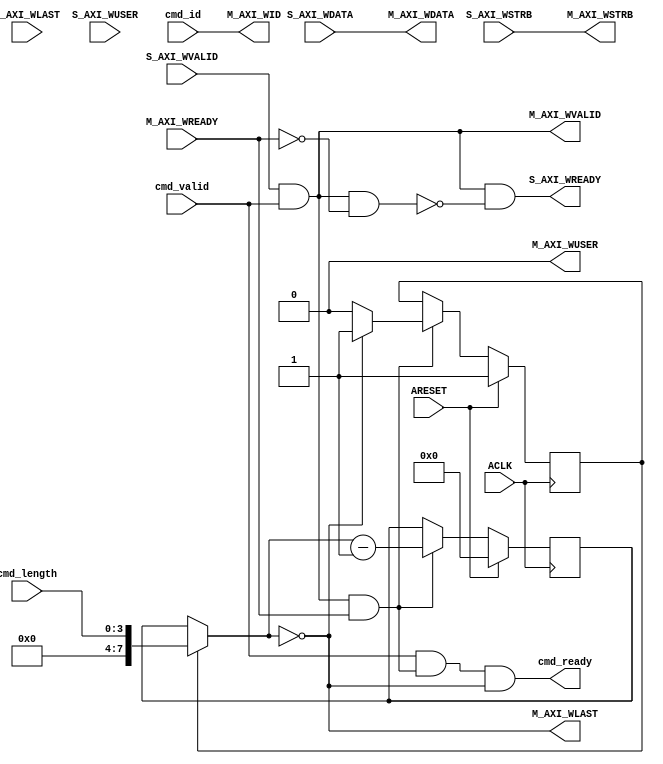
// -- (c) Copyright 2010 - 2011 Xilinx, Inc. All rights reserved.
// --
// -- This file contains confidential and proprietary information
// -- of Xilinx, Inc. and is protected under U.S. and 
// -- international copyright and other intellectual property
// -- laws.
// --
// -- DISCLAIMER
// -- This disclaimer is not a license and does not grant any
// -- rights to the materials distributed herewith. Except as
// -- otherwise provided in a valid license issued to you by
// -- Xilinx, and to the maximum extent permitted by applicable
// -- law: (1) THESE MATERIALS ARE MADE AVAILABLE "AS IS" AND
// -- WITH ALL FAULTS, AND XILINX HEREBY DISCLAIMS ALL WARRANTIES
// -- AND CONDITIONS, EXPRESS, IMPLIED, OR STATUTORY, INCLUDING
// -- BUT NOT LIMITED TO WARRANTIES OF MERCHANTABILITY, NON-
// -- INFRINGEMENT, OR FITNESS FOR ANY PARTICULAR PURPOSE; and
// -- (2) Xilinx shall not be liable (whether in contract or tort,
// -- including negligence, or under any other theory of
// -- liability) for any loss or damage of any kind or nature
// -- related to, arising under or in connection with these
// -- materials, including for any direct, or any indirect,
// -- special, incidental, or consequential loss or damage
// -- (including loss of data, profits, goodwill, or any type of
// -- loss or damage suffered as a result of any action brought
// -- by a third party) even if such damage or loss was
// -- reasonably foreseeable or Xilinx had been advised of the
// -- possibility of the same.
// --
// -- CRITICAL APPLICATIONS
// -- Xilinx products are not designed or intended to be fail-
// -- safe, or for use in any application requiring fail-safe
// -- performance, such as life-support or safety devices or
// -- systems, Class III medical devices, nuclear facilities,
// -- applications related to the deployment of airbags, or any
// -- other applications that could lead to death, personal
// -- injury, or severe property or environmental damage
// -- (individually and collectively, "Critical
// -- Applications"). Customer assumes the sole risk and
// -- liability of any use of Xilinx products in Critical
// -- Applications, subject only to applicable laws and
// -- regulations governing limitations on product liability.
// --
// -- THIS COPYRIGHT NOTICE AND DISCLAIMER MUST BE RETAINED AS
// -- PART OF THIS FILE AT ALL TIMES.
//-----------------------------------------------------------------------------
//
// Description: Write Data AXI3 Slave Converter
// Forward and split transactions as required.
//
// Verilog-standard:  Verilog 2001
//--------------------------------------------------------------------------
//
// Structure:
//   w_axi3_conv
//
//--------------------------------------------------------------------------
`timescale 1ps/1ps

module ict106_w_axi3_conv #
  (
   parameter C_FAMILY                            = "none",
   parameter integer C_AXI_ID_WIDTH              = 1,
   parameter integer C_AXI_ADDR_WIDTH            = 32,
   parameter integer C_AXI_DATA_WIDTH            = 32,
   parameter integer C_AXI_SUPPORTS_USER_SIGNALS = 0,
   parameter integer C_AXI_WUSER_WIDTH           = 1,
   parameter integer C_SUPPORT_SPLITTING              = 1,
                       // Implement transaction splitting logic.
                       // Disabled whan all connected masters are AXI3 and have same or narrower data width.
   parameter integer C_SUPPORT_BURSTS                 = 1
                       // Disabled when all connected masters are AxiLite,
                       //   allowing logic to be simplified.
   )
  (
   // System Signals
   input wire ACLK,
   input wire ARESET,

   // Command Interface
   input  wire                              cmd_valid,
   input  wire [C_AXI_ID_WIDTH-1:0]         cmd_id,
   input  wire [4-1:0]                      cmd_length,
   output wire                              cmd_ready,
   
   // Slave Interface Write Data Ports
   input  wire [C_AXI_DATA_WIDTH-1:0]   S_AXI_WDATA,
   input  wire [C_AXI_DATA_WIDTH/8-1:0] S_AXI_WSTRB,
   input  wire                          S_AXI_WLAST,
   input  wire [C_AXI_WUSER_WIDTH-1:0]  S_AXI_WUSER,
   input  wire                          S_AXI_WVALID,
   output wire                          S_AXI_WREADY,
   
   // Master Interface Write Data Ports
   output wire [C_AXI_ID_WIDTH-1:0]     M_AXI_WID,
   output wire [C_AXI_DATA_WIDTH-1:0]   M_AXI_WDATA,
   output wire [C_AXI_DATA_WIDTH/8-1:0] M_AXI_WSTRB,
   output wire                          M_AXI_WLAST,
   output wire [C_AXI_WUSER_WIDTH-1:0]  M_AXI_WUSER,
   output wire                          M_AXI_WVALID,
   input  wire                          M_AXI_WREADY
   );

   
  /////////////////////////////////////////////////////////////////////////////
  // Variables for generating parameter controlled instances.
  /////////////////////////////////////////////////////////////////////////////
  
  
  /////////////////////////////////////////////////////////////////////////////
  // Local params
  /////////////////////////////////////////////////////////////////////////////
  
  
  /////////////////////////////////////////////////////////////////////////////
  // Functions
  /////////////////////////////////////////////////////////////////////////////
  
  
  /////////////////////////////////////////////////////////////////////////////
  // Internal signals
  /////////////////////////////////////////////////////////////////////////////

  // Burst length handling.
  reg                             first_mi_word;
  reg  [8-1:0]                    length_counter_1;
  reg  [8-1:0]                    length_counter;
  wire [8-1:0]                    next_length_counter;
  wire                            last_beat;
  wire                            last_word;
  
  // Throttling help signals.
  wire                            cmd_ready_i;
  wire                            pop_mi_data;
  wire                            mi_stalling;
  
  // Internal SI side control signals.
  wire                            S_AXI_WREADY_I;
  
  // Internal signals for MI-side.
  wire [C_AXI_ID_WIDTH-1:0]       M_AXI_WID_I;
  wire [C_AXI_DATA_WIDTH-1:0]     M_AXI_WDATA_I;
  wire [C_AXI_DATA_WIDTH/8-1:0]   M_AXI_WSTRB_I;
  wire                            M_AXI_WLAST_I;
  wire [C_AXI_WUSER_WIDTH-1:0]    M_AXI_WUSER_I;
  wire                            M_AXI_WVALID_I;
  wire                            M_AXI_WREADY_I;
  
  
  /////////////////////////////////////////////////////////////////////////////
  // Handle interface handshaking:
  // 
  // Forward data from SI-Side to MI-Side while a command is available. When
  // the transaction has completed the command is popped from the Command FIFO.
  // 
  /////////////////////////////////////////////////////////////////////////////
                          
  // Pop word from SI-side.
  assign S_AXI_WREADY_I = S_AXI_WVALID & cmd_valid & ~mi_stalling;
  assign S_AXI_WREADY   = S_AXI_WREADY_I;
  
  // Indicate when there is data available @ MI-side.
  assign M_AXI_WVALID_I = S_AXI_WVALID & cmd_valid;
  
  // Get MI-side data.
  assign pop_mi_data    = M_AXI_WVALID_I & M_AXI_WREADY_I;
  
  // Signal that the command is done (so that it can be poped from command queue).
  assign cmd_ready_i    = cmd_valid & pop_mi_data & last_word;
  assign cmd_ready      = cmd_ready_i;
  
  // Detect when MI-side is stalling.
  assign mi_stalling    = M_AXI_WVALID_I & ~M_AXI_WREADY_I;
  
  
  /////////////////////////////////////////////////////////////////////////////
  // Keep track of data forwarding:
  // 
  // On the first cycle of the transaction is the length taken from the Command
  // FIFO. The length is decreased until 0 is reached which indicates last data 
  // word.
  //
  // If bursts are unsupported will all data words be the last word, each one
  // from a separate transaction.
  // 
  /////////////////////////////////////////////////////////////////////////////
  
  // Select command length or counted length.
  always @ *
  begin
    if ( first_mi_word )
      length_counter = cmd_length;
    else
      length_counter = length_counter_1;
  end
  
  // Calculate next length counter value.
  assign next_length_counter = length_counter - 1'b1;
  
  // Keep track of burst length.
  always @ (posedge ACLK) begin
    if (ARESET) begin
      first_mi_word    <= 1'b1;
      length_counter_1 <= 4'b0;
    end else begin
      if ( pop_mi_data ) begin
        if ( M_AXI_WLAST_I ) begin
          first_mi_word    <= 1'b1;
        end else begin
          first_mi_word    <= 1'b0;
        end
      
        length_counter_1 <= next_length_counter;
      end
    end
  end
  
  // Detect last beat in a burst.
  assign last_beat = ( length_counter == 4'b0 );
  
  // Determine if this last word that shall be extracted from this SI-side word.
  assign last_word = ( last_beat ) |
                     ( C_SUPPORT_BURSTS == 0 );
  
  
  /////////////////////////////////////////////////////////////////////////////
  // Select the SI-side word to write.
  // 
  // Most information can be reused directly (DATA, STRB, ID and USER).
  // ID is taken from the Command FIFO.
  //
  // Split transactions needs to insert new LAST transactions. So to simplify
  // is the LAST signal always generated.
  //
  /////////////////////////////////////////////////////////////////////////////
  
  // ID and USER is copied from the SI word to all MI word transactions.
  assign M_AXI_WUSER_I  = ( C_AXI_SUPPORTS_USER_SIGNALS ) ? S_AXI_WUSER : {C_AXI_WUSER_WIDTH{1'b0}};
  
  // Data has to be multiplexed.
  assign M_AXI_WDATA_I  = S_AXI_WDATA;
  assign M_AXI_WSTRB_I  = S_AXI_WSTRB;
  
  // ID is taken directly from the command queue.
  assign M_AXI_WID_I    = cmd_id;
  
  // Handle last flag, i.e. set for MI-side last word.
  assign M_AXI_WLAST_I  = last_word;
  
  
  /////////////////////////////////////////////////////////////////////////////
  // MI-side output handling
  // 
  /////////////////////////////////////////////////////////////////////////////
// TODO: registered?
  assign M_AXI_WID      = M_AXI_WID_I;
  assign M_AXI_WDATA    = M_AXI_WDATA_I;
  assign M_AXI_WSTRB    = M_AXI_WSTRB_I;
  assign M_AXI_WLAST    = M_AXI_WLAST_I;
  assign M_AXI_WUSER    = M_AXI_WUSER_I;
  assign M_AXI_WVALID   = M_AXI_WVALID_I;
  assign M_AXI_WREADY_I = M_AXI_WREADY;
  
  
endmodule